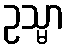
ဥသ္မာ